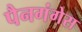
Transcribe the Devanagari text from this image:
पैनगंगेस